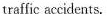
traffic accidents.